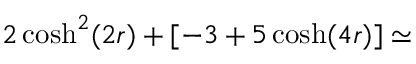
2 \cosh ^ { 2 } ( 2 r ) + [ - 3 + 5 \cosh ( 4 r ) ] \simeq